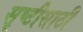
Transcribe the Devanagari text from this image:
सृष्टीसाठी